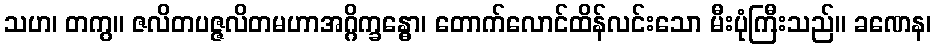
သဟ၊ တကွ။ ဇလိတပဇ္ဇလိတမဟာအဂ္ဂိက္ခန္ဓော၊ တောက်လောင်ထိန်လင်းသော မီးပုံကြီးသည်။ ခဏေန၊